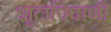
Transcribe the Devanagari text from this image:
शूलपिपाणी